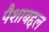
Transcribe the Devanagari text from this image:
पैशाबद्दल